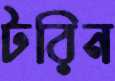
টরিন